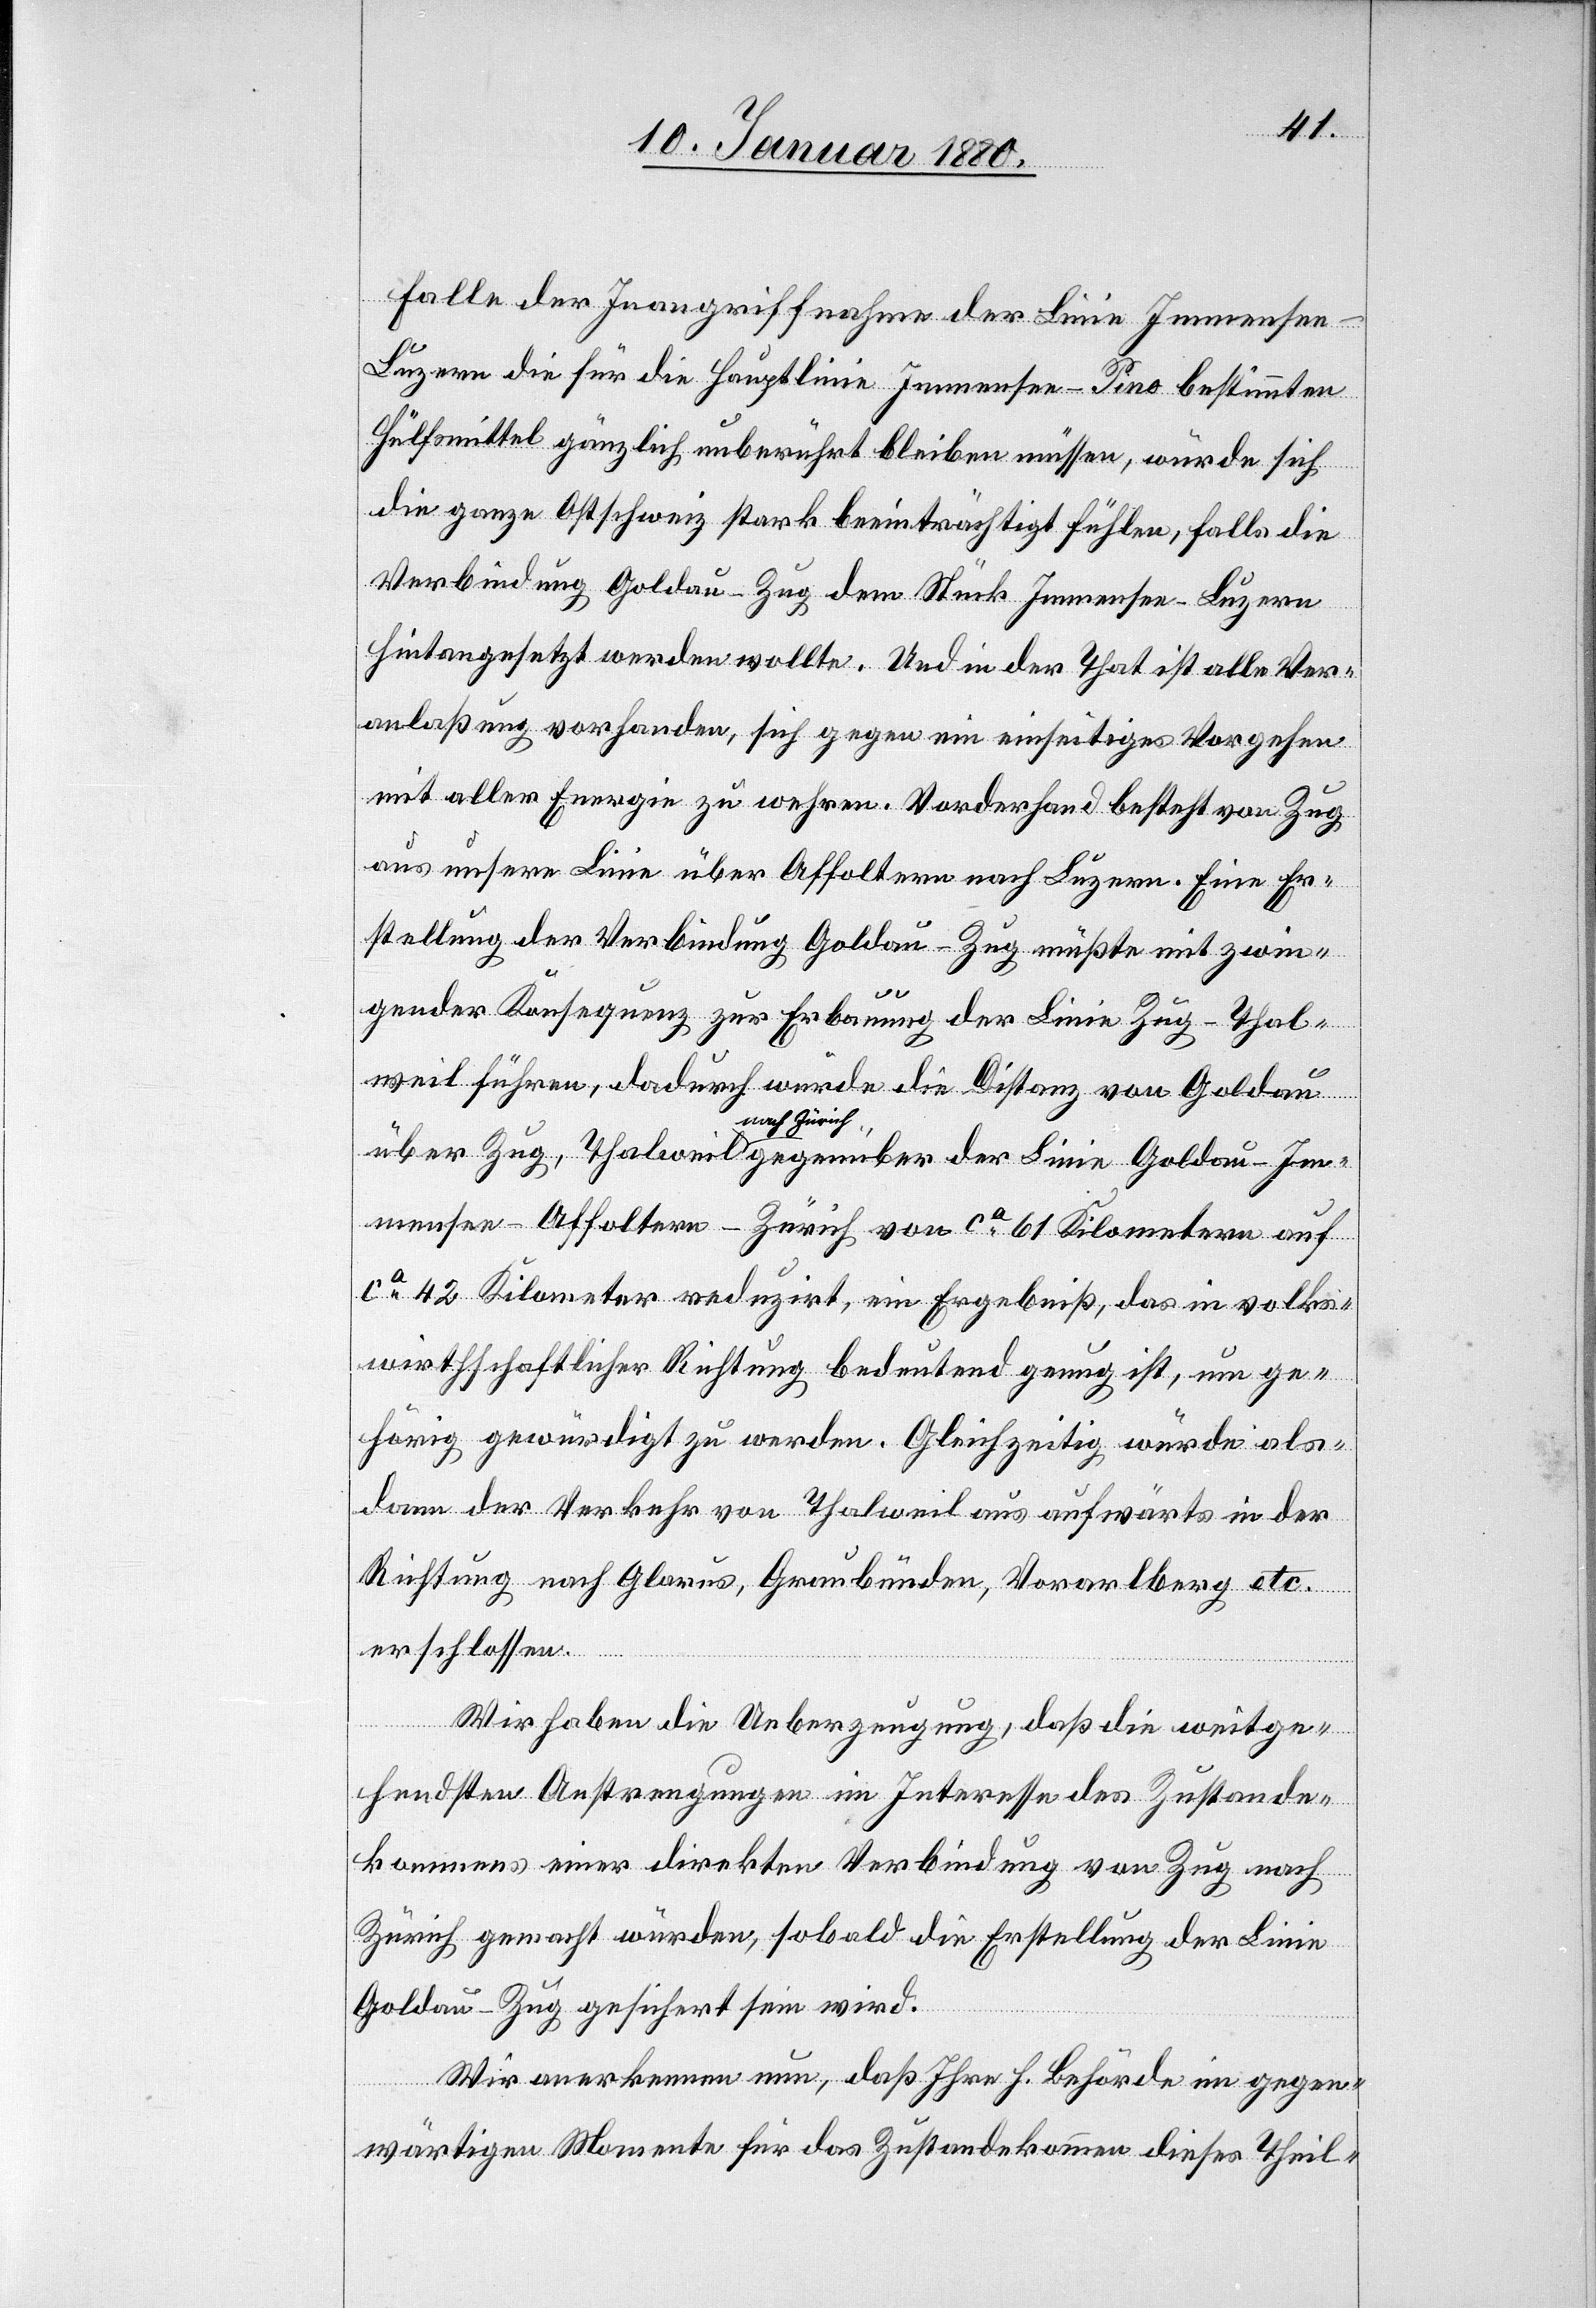
Falle der Inangriffnahme der Linie Immense¬
e–Luzern die für die Hauptlinie Immensee–Pino bestimmten
Hülfsmittel gänzlich unberührt bleiben müssen, würde sich
die ganze Ostschweiz stark beeinträchtigt fühlen, falls die
Verbindung Goldau–Zug dem Stück Immensee–Luzern
hintangesetzt werden wollte. Und in der That ist alle Ver¬
anlaßung vorhanden, sich gegen ein einseitiges Vorgehen
mit aller Energie zu wehren. Vorderhand besteht von Zug
aus unsere Linie über Affoltern nach Luzern. Eine Er¬
stellung der Verbindung Goldau–Zug müßte mit zwin¬
Goldau–I¬
gender Konsequenz zur Erbauung der Linie Zug–Thal¬
weil führen, dadurch würde die Distanz von Goldau
a-nach Zürich-a
mmensee–Affoltern–Zürich von ca 61 Kilometer auf
ca 42 Kilometer reduzirt, ein Ergebniß, das in volks¬
wirthschaftlicher Richtung bedeutend genug ist, um ge¬
hörig gewürdigt zu werden. Gleichzeitig würde als¬
dann der Verkehr von Thalweil aus aufwärts in der
Richtung nach Glarus, Graubünden, Vorarlberg etc.
erschlossen.
Wir haben die Ueberzeugung, daß die weitge¬
hendsten Anstrengungen im Interesse des Zustande¬
kommens einer direkten Verbindung von Zug nach
Zürich gemacht würden, sobald die Erstellung der Linie
Goldau–Zug gesichert sein wird.
Wir anerkennen nun, daß Ihre h. Behörde im gegen¬
wärtigen Momente für das Zustandekommen dieses Theil-